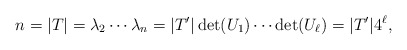
\begin{align*}n = |T|=\lambda_2\cdots\lambda_n=|T'|\det(U_1)\cdots\det(U_\ell)=|T'|4^\ell,\end{align*}